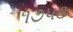
૧૭૫૩